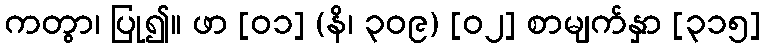
ကတွာ၊ ပြု၍။ ဖာ [၀၁] (နိ၊ ၃၀၉) [၀၂] စာမျက်နှာ [၃၁၅]